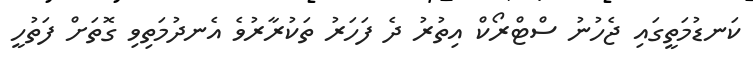
ކަނޑުމަތީގައި ޖެހުނު ސްޓްރޯކް އިތުރު ދެ ފަހަރު ތަކުރާރުވެ އެނދުމަތިވި ގޮތަށް ފަތުހީ